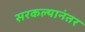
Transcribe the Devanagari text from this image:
सरकल्यानंतर